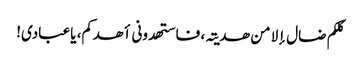
کلکم ضال إلا من ھدیتہ، فاستھدونی أھدکم، یاعبادی!